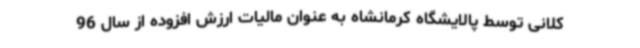
کلانی توسط پالایشگاه کرمانشاه به عنوان مالیات ارزش افزوده از سال 96